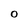
Character: O